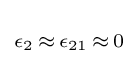
\scriptstyle \epsilon _{2}\,\approx \,\epsilon _{21}\,\approx \,0